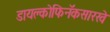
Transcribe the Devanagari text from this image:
डायक्लोफिनॅकसारखे